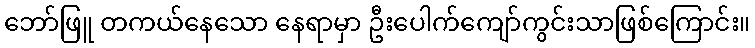
ဘော်ဖြူ တကယ်နေသော နေရာမှာ ဦးပေါက်ကျော်ကွင်းသာဖြစ်ကြောင်း။